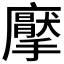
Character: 𭚋